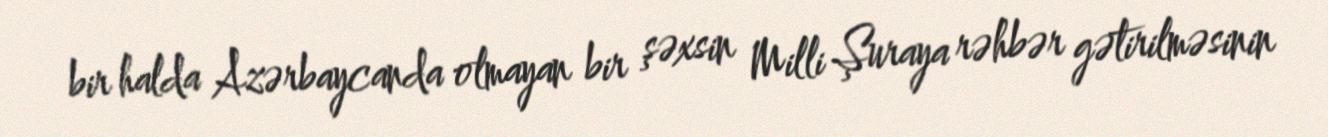
bir halda Azərbaycanda olmayan bir şəxsin Milli Şuraya rəhbər gətirilməsinin